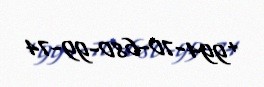
+994-70-680-99-74